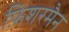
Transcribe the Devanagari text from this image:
फ़िशरमैन